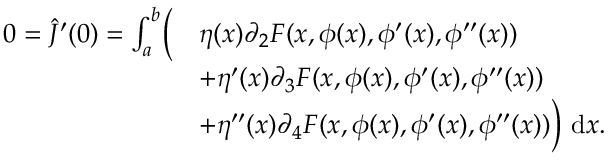
\begin{array} { r l } { 0 = \hat { J } ^ { \prime } ( 0 ) = \int _ { a } ^ { b } \biggl ( } & { \eta ( x ) \partial _ { 2 } F ( x , \phi ( x ) , \phi ^ { \prime } ( x ) , \phi ^ { \prime \prime } ( x ) ) } \\ & { + \eta ^ { \prime } ( x ) \partial _ { 3 } F ( x , \phi ( x ) , \phi ^ { \prime } ( x ) , \phi ^ { \prime \prime } ( x ) ) } \\ & { + \eta ^ { \prime \prime } ( x ) \partial _ { 4 } F ( x , \phi ( x ) , \phi ^ { \prime } ( x ) , \phi ^ { \prime \prime } ( x ) ) \biggr ) ~ \mathrm { d } x . } \end{array}